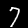
Label: 7